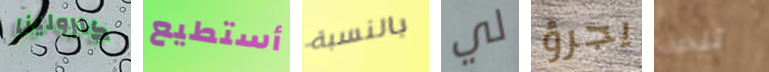
كارولينا أستطيع بالنسبة لي يجرؤ تنحرف